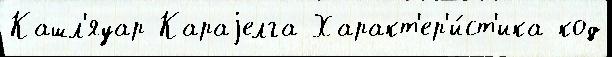
Кашл'яуар Караjелга Характ'ер'и́ст'ика код